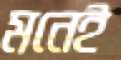
মনেই